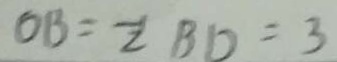
O B = \frac { 1 } { 2 } B D = 3